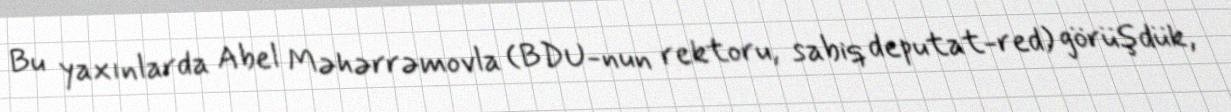
Bu yaxınlarda Abel Məhərrəmovla (BDU-nun rektoru, sabiq deputat-red) görüşdük,